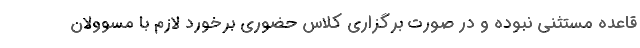
قاعده مستثنی نبوده و در صورت برگزاری کلاس حضوری برخورد لازم با مسوولان